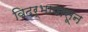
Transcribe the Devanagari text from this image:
विदर्भापासून